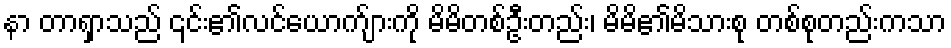
နာ တာရှာသည် ၎င်း၏လင်ယောက်ျားကို မိမိတစ်ဦးတည်း၊ မိမိ၏မိသားစု တစ်စုတည်းကသာ